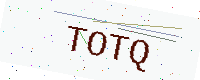
Text: TOTQ